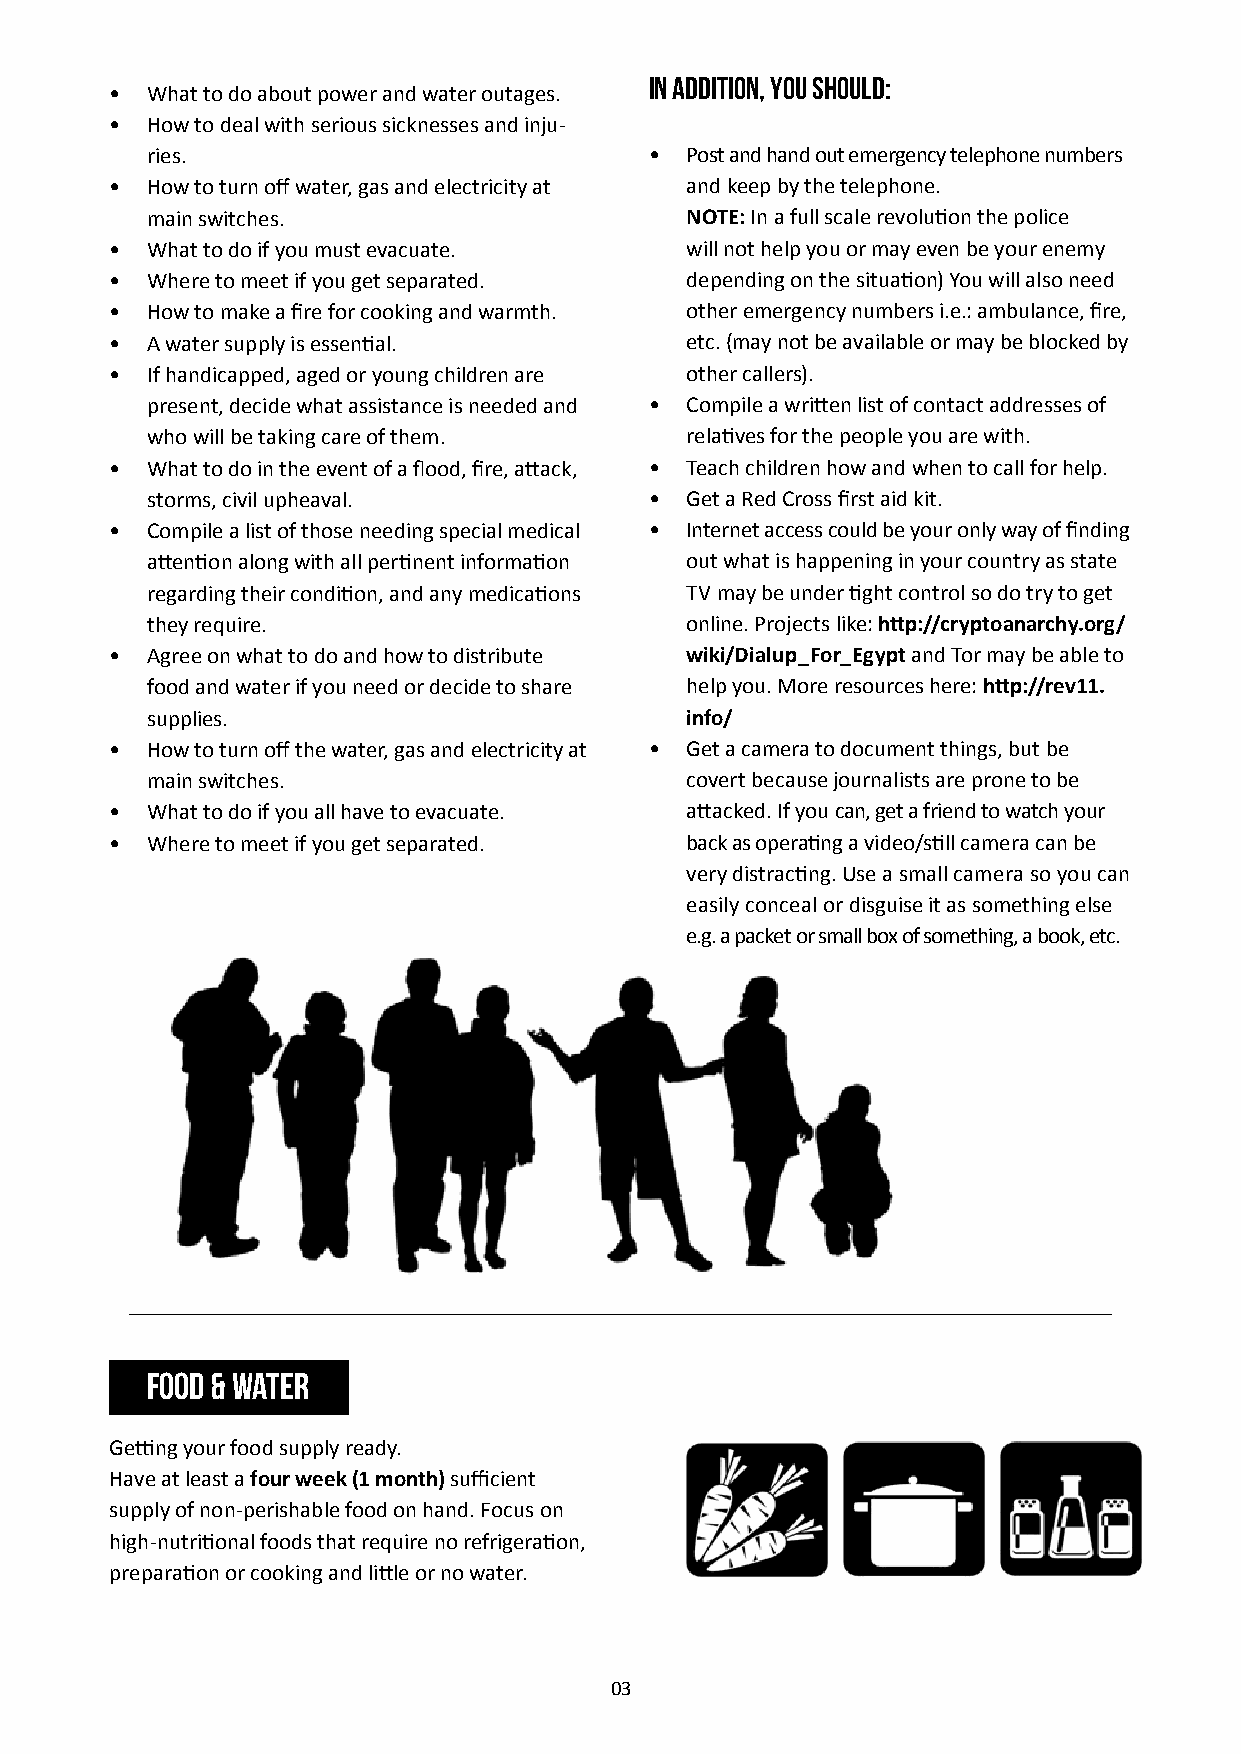
In addition, you should:
 •  What to do about power and water outages.
 •  How to deal with serious sicknesses and inju-
 ries.                            • Post and hand out emergency telephone numbers
 •  How to turn off water, gas and electricity at and keep by the telephone.
 main switches.                     NOTE: In a full scale revolution the police
 •  What to do if you must evacuate.   will not help you or may even be your enemy
 •  Where to meet if you get separated. depending on the situation) You will also need
 •  How to make a fire for cooking and warmth. other emergency numbers i.e.: ambulance, fire,
 •  A water supply is essential.       etc. (may not be available or may be blocked by
 •  If handicapped, aged or young children are other callers).
 present, decide what assistance is needed and • Compile a written list of contact addresses of
 who will be taking care of them.   relatives for the people you are with.
 •  What to do in the event of a flood, fire, attack, • Teach children how and when to call for help.
 storms, civil upheaval.          • Get a Red Cross first aid kit.
 •  Compile a list of those needing special medical • Internet access could be your only way of finding
 attention along with all pertinent information out what is happening in your country as state
 regarding their condition, and any medications TV may be under tight control so do try to get
 they require.                      online. Projects like: http://cryptoanarchy.org/
 •  Agree on what to do and how to distribute wiki/Dialup_For_Egypt and Tor may be able to
 food and water if you need or decide to share help you. More resources here: http://rev11.
 supplies.                          info/
 •  How to turn off the water, gas and electricity at • Get a camera to document things, but be
 main switches.                     covert because journalists are prone to be
 •  What to do if you all have to evacuate. attacked. If you can, get a friend to watch your
 •  Where to meet if you get separated. back as operating a video/still camera can be
 very distracting. Use a small camera so you can
 easily conceal or disguise it as something else
 e.g. a packet or small box of something, a book, etc.
 Food & water
 Getting your food supply ready.
 Have at least a four week (1 month) sufficient
 supply of non-perishable food on hand. Focus on
 high-nutritional foods that require no refrigeration,
 preparation or cooking and little or no water.
 03